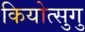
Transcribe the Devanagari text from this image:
कियोत्सुगु